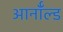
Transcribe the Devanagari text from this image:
आर्नाॅल्ड